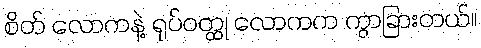
စိတ် လောကနဲ့ ရုပ်ဝတ္ထု လောကက ကွာခြားတယ်။